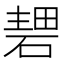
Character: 𥔏